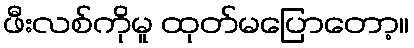
ဖီးလစ်ကိုမူ ထုတ်မပြောတော့။